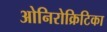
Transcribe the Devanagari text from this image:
ओनिरोक्रिटिका